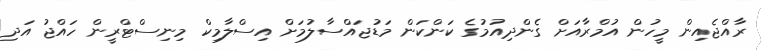
ރާއްޖެއިން މީހުން އުމްރާއަށް ގެންދިއުމުގެ ކަންކަން މަޑުޖައްސާލުމަށް އިސްލާމިކް މިނިސްޓްރީން ހައްޖު އަދި